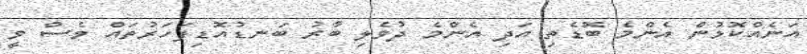
އަނެއްކޮޅުން އެންމެ ބޮޑެތި އަދި އެންމެ ދުވެލި ބާރު ބަނޑުއޮޑިފަހަރުތައް ވެސް ވީ